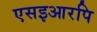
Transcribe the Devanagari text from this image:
एसइआरपि